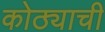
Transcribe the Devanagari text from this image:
कोठ्याची